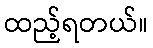
ထည့်ရတယ်။